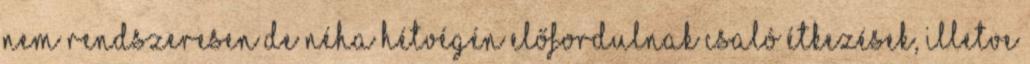
Nem rendszeresen de néha hétvégén előfordulnak csaló étkezések, illetve